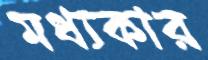
মধ্যকার